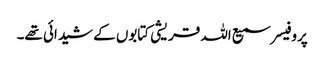
پروفیسر سمیع اللہ قریشی کتابوں کے شیدائی تھے۔